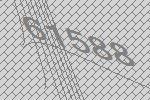
61588